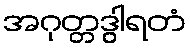
အဂုတ္တဒွါရတံ